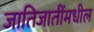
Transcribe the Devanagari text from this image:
जातिजातींमधील